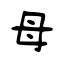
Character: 母